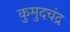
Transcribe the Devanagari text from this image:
कुमुदचंद्र